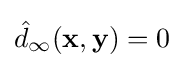
{\hat {d}}_{\infty }(\mathbf {x} ,\mathbf {y} )=0